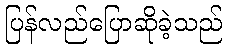
ပြန်လည်ပြောဆိုခဲ့သည်